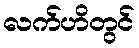
လက်ဟိတွင်